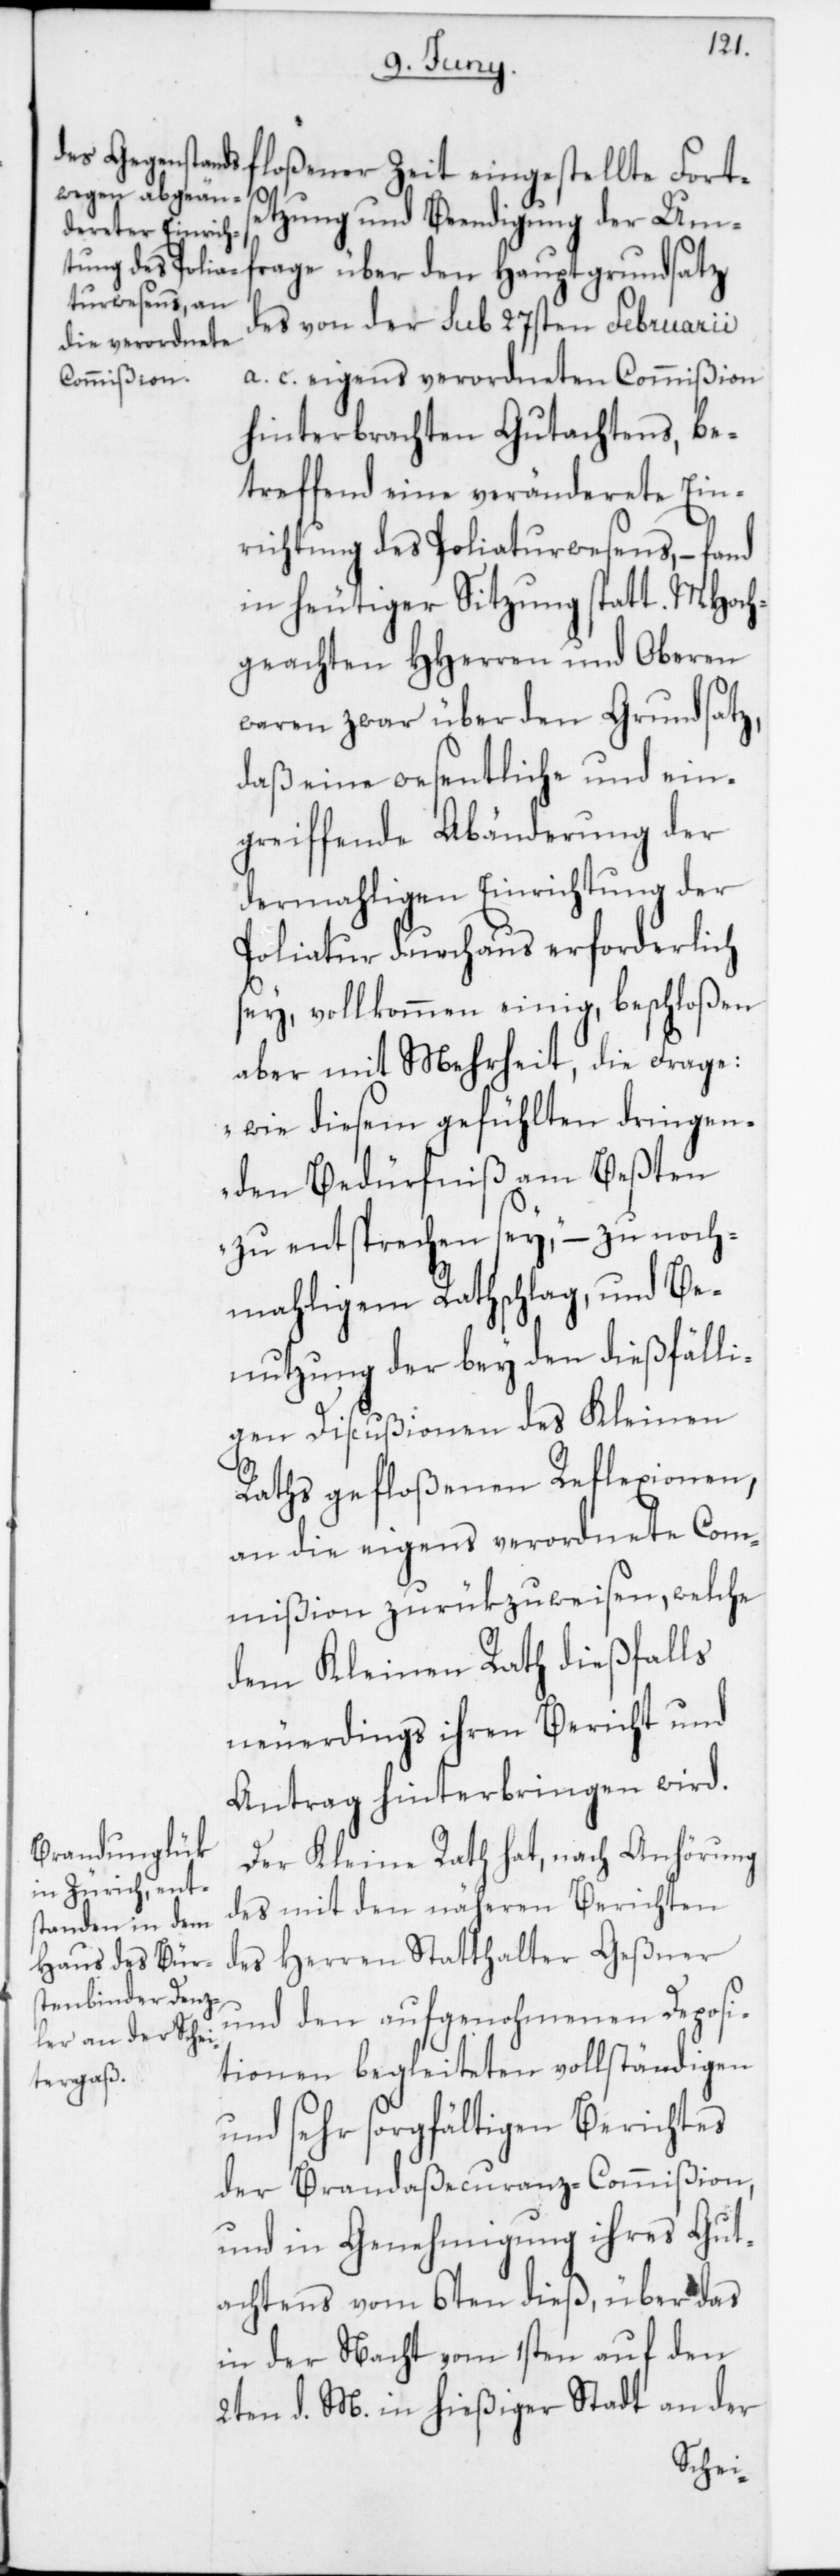
loßener Zeit eingestellte Fort¬
f¬
setzung und Beendigung der Umf¬
rage über den Hauptgrundsatz
des von der sub 27sten Februarii
a. c. eigens verordneten Commißion
hinterbrachten Gutachtens, be¬
treffend eine veränderete Ein¬
richtung des Poliaturwesens, – fand
in heutiger Sitzung statt. MHoch¬
geachten HHerren und Oberen
waren zwar über den Grundsatz,
daß eine wesentliche und ein¬
greiffende Abänderung der
dermahligen Einrichtung der
Poliatur durchaus erforderlich
sey, vollkommen einig, beschloßen
aber mit Mehrheit die Frage:
„wie diesem gefühlten dringen¬
den Bedürfniß am Beßten
zu entsprechen sey“ – zu noch¬
mahligem Rathschlag, und Be¬
nutzung der bey den dießfälli¬
gen Discußionen des Kleinen
Raths gefloßenen Reflexionen,
an die eigens verordnete Com¬
mißion zurükzuweisen, welche
dem Kleinen Rath dießfalls
neuerdings ihren Bericht und
Antrag hinterbringen wird.
Der Kleine Rath hat, nach Anhörung
des mit den näheren Berichten
des Herren Statthalter Geßner
und den aufgenohmenen Deposi¬
tionen begleiteten vollständigen
und sehr sorgfältigen Berichtes
der Brandaßecuranz-Commißion,
und in Genehmigung ihres Gut¬
achtens vom 6ten dieß, über das
in der Nacht vom 1sten auf den
2ten d. M. in hießiger Stadt an der